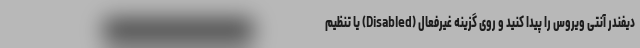
دیفندر آنتی ویروس را پیدا کنید و روی گزینه غیرفعال (Disabled) یا تنظیم